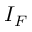
I _ { F }